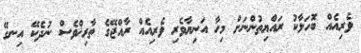
ވެރިއެއް ބޮަހަލާކު ރައްޔިތުންނަށް މިހާ އަނިޔާވެރި ވެރިއެއް ރާއްޖޭގެ ތާރިޚްވެސް ނުދެކޭ އިނގޭ